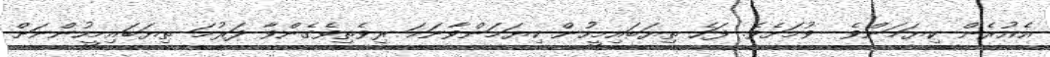
އެއުރެން ކިޔަމަންވެ  ވުމަށެވެ. ފަހެ ތިޔަބައިމީހުން ކިޔަމަންވާނަމަ ރިވެތިވެގެންވާ ދަރުމަ ތިޔަބައިމީހުންނަށް